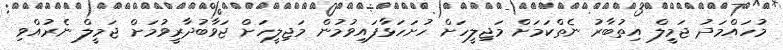
މުހައްމަދު ޖަމީލް އިތުބާރު ނެތްކަމަށް މަޖިލީހަށް ހުށަހަޅާފައިވުމުން މަޖިލީހަށް ޖަވާބުދާރީވުމަށް ޖަމީލް ނެރުއްވި